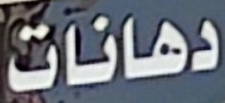
دهانات